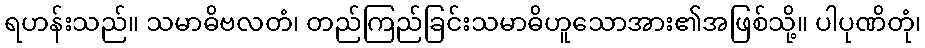
ရဟန်းသည်။ သမာဓိဗလတံ၊ တည်ကြည်ခြင်းသမာဓိဟူသောအား၏အဖြစ်သို့။ ပါပုဏိတုံ၊